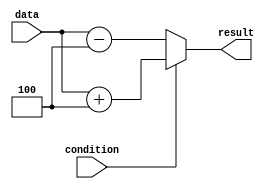
module conditional_logic(
    input wire condition,
    input wire [3:0] data,
    output reg [3:0] result
);

always @(*) begin
    if (condition) begin
        // Actions to perform if condition is true
        result = data + 4;
    end else begin
        // Actions to perform if condition is false
        result = data - 4;
    end
end

endmodule